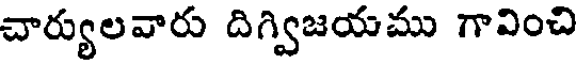
చార్యులవారు దిగ్విజయము గావించి